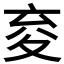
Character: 𭐤